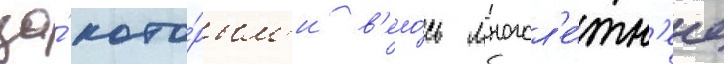
за́ кото́рым'и в'ело́сь многол'е́тн'ее